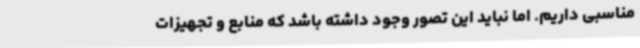
مناسبی داریم. اما نباید این تصور وجود داشته باشد که منابع و تجهیزات